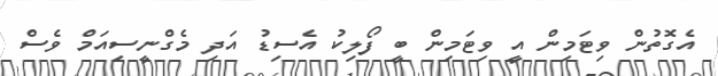
އެގޮތުން ވިޓަމިން އީ ވިޓަމިން ބީ ފޯލިކު އެސިޑު އަދި މެގްނީސިއަމް ވެސް